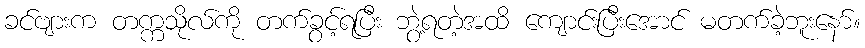
ခင်ဗျားက တက္ကသိုလ်ကို တက်ခွင့်ရပြီး ဘွဲ့ရတဲ့အထိ ကျောင်းပြီးအောင် မတက်ခဲ့ဘူးနော်။